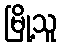
မြို့သူ